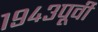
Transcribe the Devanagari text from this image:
१९४३पूर्वी